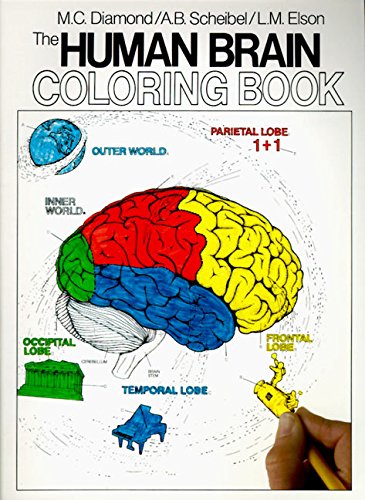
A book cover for The Human Brain Coloring Book (Cos, 306); Marian C. Diamond; Medical Books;